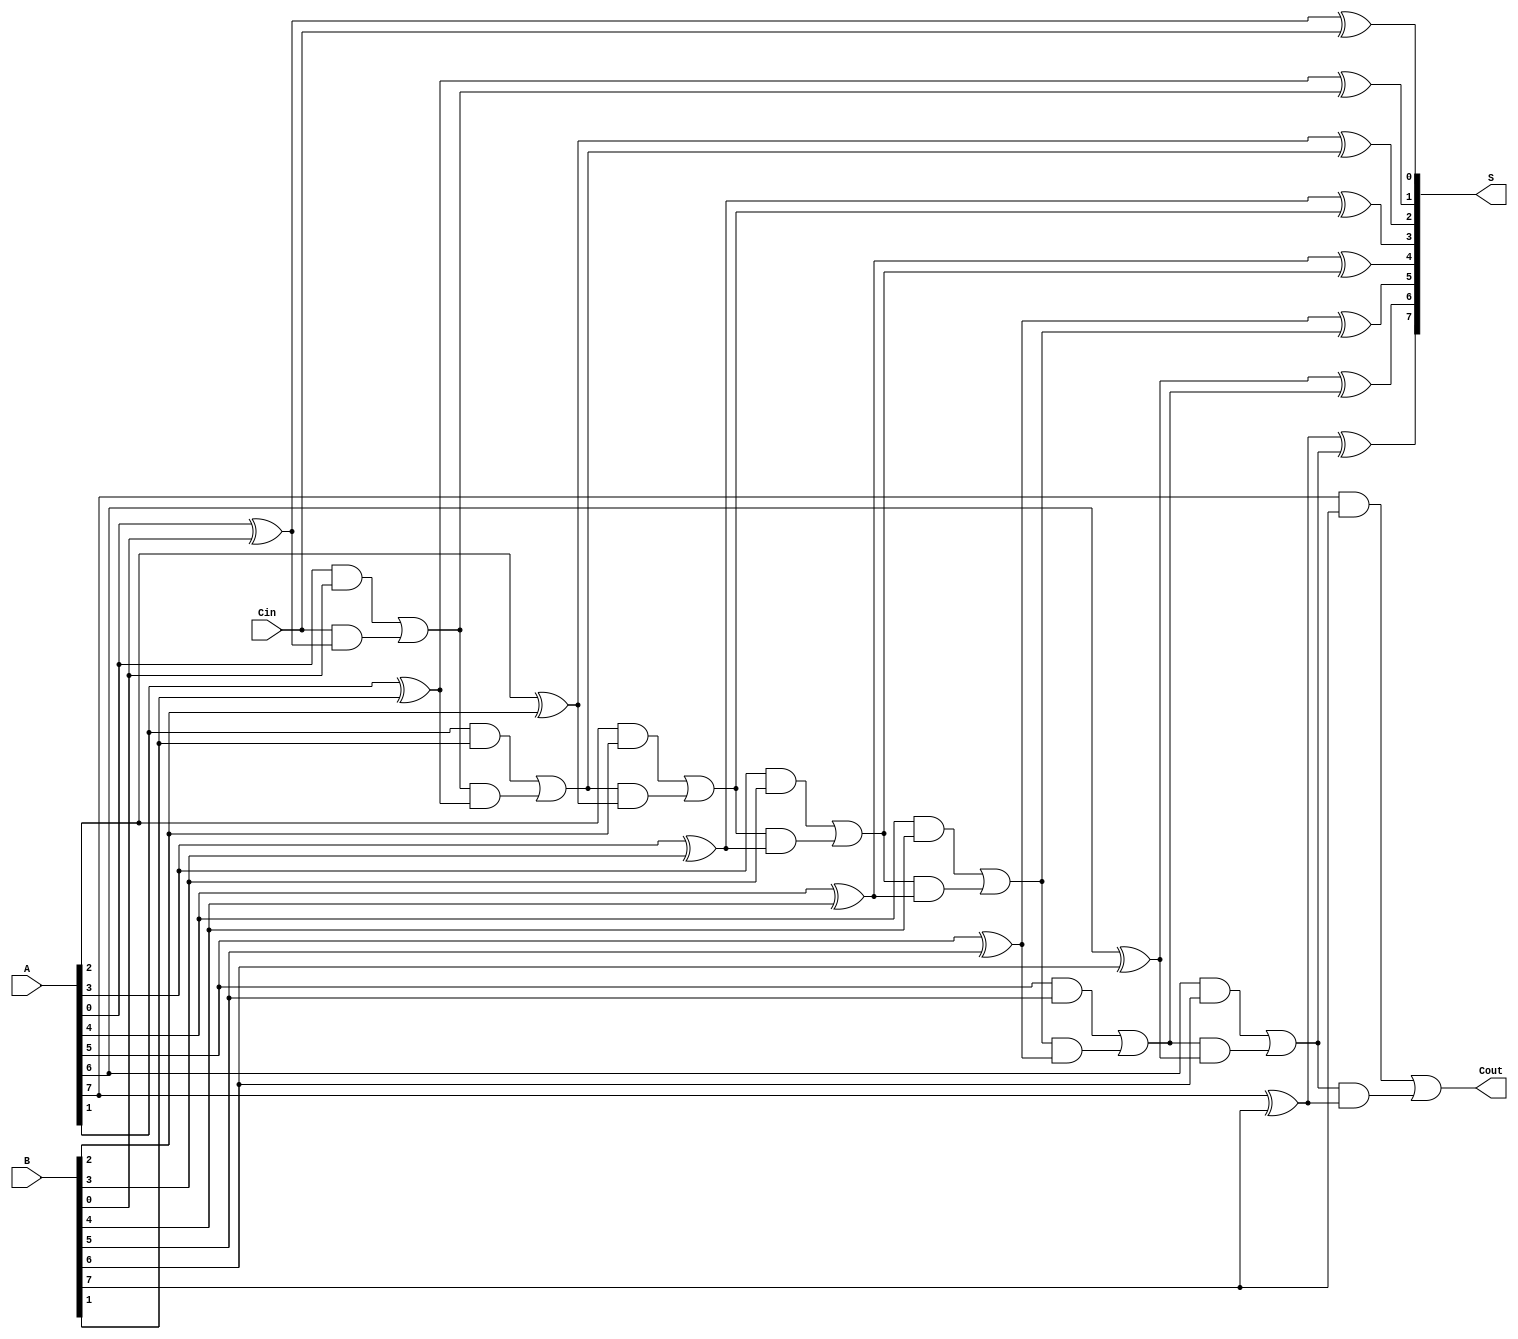
module ManchesterCarryChainAdder #(parameter n = 8) (
    input [n-1:0] A,      // First n-bit input
    input [n-1:0] B,      // Second n-bit input
    input Cin,            // Carry-in input
    output [n-1:0] S,     // n-bit sum output
    output Cout           // Carry-out output
);

    wire [n:0] C;         // Carry bits (C[0] is Cin, C[n] is Cout)
    wire [n-1:0] P;       // Propagate bits
    wire [n-1:0] G;       // Generate bits

    assign C[0] = Cin;    // Initial carry is the carry-in

    // Generate and propagate for each bit
    genvar i;
    generate
        for (i = 0; i < n; i = i + 1) begin : carry_chain
            assign P[i] = A[i] ^ B[i]; // Propagate
            assign G[i] = A[i] & B[i]; // Generate

            // Carry calculation
            assign C[i + 1] = G[i] | (C[i] & P[i]);
            
            // Sum calculation
            assign S[i] = P[i] ^ C[i];
        end
    endgenerate

    assign Cout = C[n];   // Final carry-out

endmodule